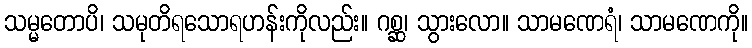
သမ္မတောပိ၊ သမုတိရသောရဟန်းကိုလည်း။ ဂစ္ဆ၊ သွားလော။ သာမဏေရံ၊ သာမဏေကို။